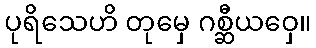
ပုရိသေဟိ တုမှေ ဂစ္ဆီယဝှေ။